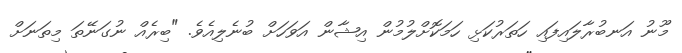
މޫނު އަނބުރާލައިފައި ހަތަރުކަޅި ހަމަކޮށްލުމުން އިޝާން އަވަހަށް ބުނެލިއެވެ. "ބިރެއް ނުގަނޭތަ މިތަނަށް